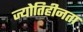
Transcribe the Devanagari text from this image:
ज्योतिहीनता